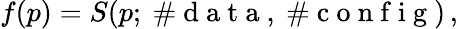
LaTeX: f(p)=S(p;\mathrm{~\# ~d~a~t~a~},\mathrm{~\# ~c~o~n~f~i~g~})\, ,